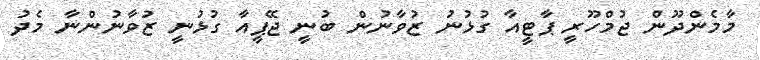
މާމެންދޫން ޖުމްހޫރީ ޕާޓީއާ ގުޅުނު ޒުވާނުން ބުނީ ޖޭޕީއާ ގުޅުނީ ޒުވާނުންނާ މެދު